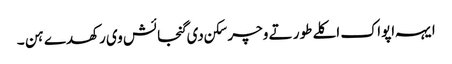
ایہہ اپواک اکلے طور تے وچر سکن دی گنجائش وی رکھدے ہن ۔